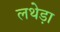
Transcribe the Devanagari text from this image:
लथेड़ा